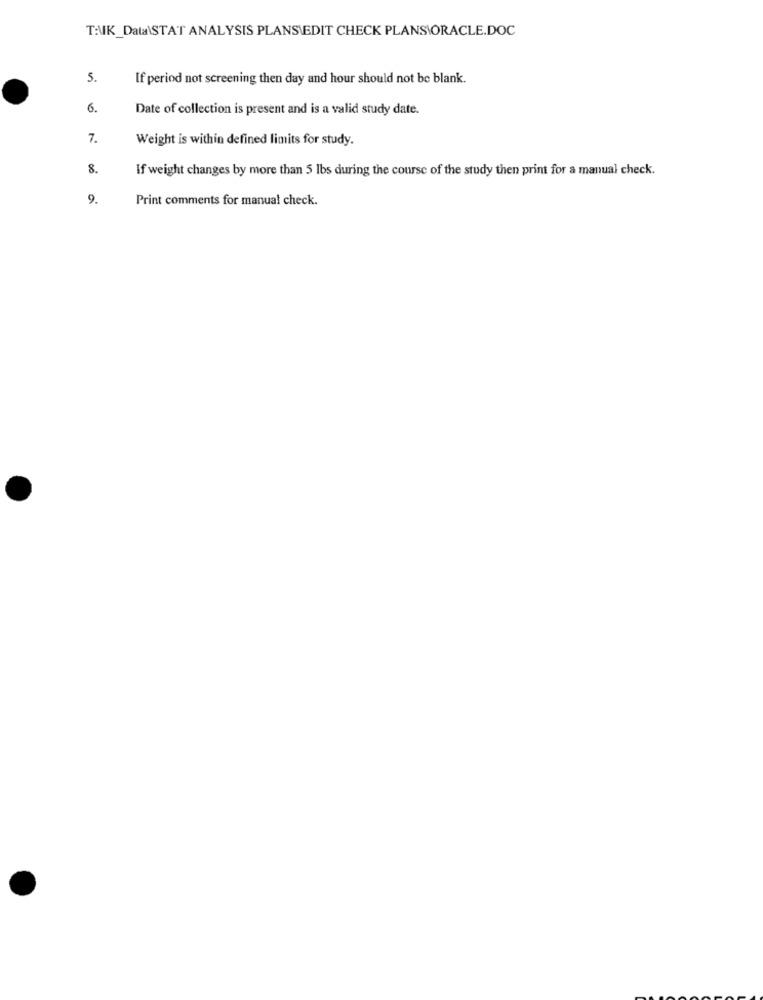
T:UK_Data\STAT ANALYSIS PLANSIEDIT CHECK PLANS\ORACLE.DOC
5.
If period not screening then day and hour should not be blank.
6.
Date of collection is present and is a valid study date.
7.
Weight is within defined limits for study.
8.
If weight changes by more than 5 lbs during the course of the study then print for a manual check.
9.
Print comments for manual check.